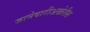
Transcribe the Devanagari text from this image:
जानेवारीअखेरीस